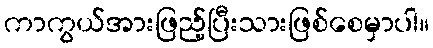
ကာကွယ်အားဖြည့်ပြီးသားဖြစ်စေမှာပါ။